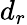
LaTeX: d_{r}